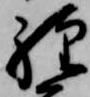
経